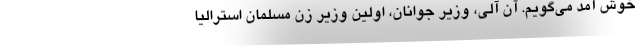
خوش آمد می‌گویم. آن آلی، وزیر جوانان، اولین وزیر زن مسلمان استرالیا